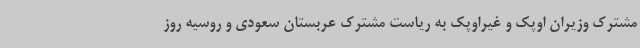
مشترک وزیران اوپک و غیراوپک به ریاست مشترک عربستان سعودی و روسیه روز